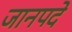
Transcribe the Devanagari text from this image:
जानपदे